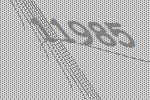
11985